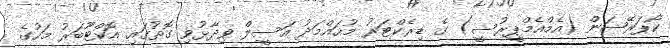
ކޯޕަރޭޝަން (އެމްއެމްޕީރުސީ) ގެ ޑިރެކްޓަރު މުހައްމަދު އަސީލް ވިދާޅުވި ގޮތުގައި އޮކްޓޫބަރު މަހުގެ